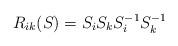
LaTeX: \begin{align*}R_{ik}(S)=S_i S_k S^{-1}_i S^{-1}_k \end{align*}